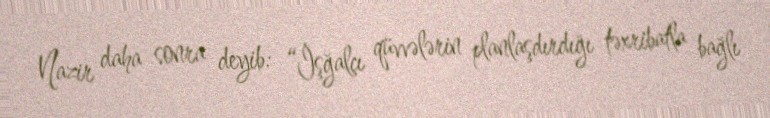
Nazir daha sonra deyib: “İşğalçı qüvvələrin planlaşdırdığı təxribatla bağlı